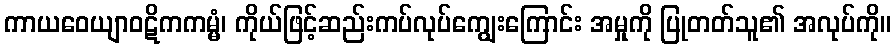
ကာယဝေယျာဝဋိကကမ္မံ၊ ကိုယ်ဖြင့်ဆည်းကပ်လုပ်ကျွေးကြောင်း အမှုကို ပြုတတ်သူ၏ အလုပ်ကို။